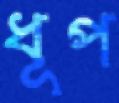
ধূপ